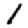
Digit: 1